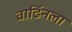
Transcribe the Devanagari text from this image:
वाढिंनला